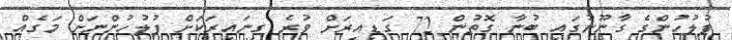
ފުލުހުންގެ ގާނޫނުގައި ބުނާ ގޮތުން 72 ގަޑިއިރަށް ވުރެ ގިނައިރަކަށް ފުލުހުންނަށް މަގެއް